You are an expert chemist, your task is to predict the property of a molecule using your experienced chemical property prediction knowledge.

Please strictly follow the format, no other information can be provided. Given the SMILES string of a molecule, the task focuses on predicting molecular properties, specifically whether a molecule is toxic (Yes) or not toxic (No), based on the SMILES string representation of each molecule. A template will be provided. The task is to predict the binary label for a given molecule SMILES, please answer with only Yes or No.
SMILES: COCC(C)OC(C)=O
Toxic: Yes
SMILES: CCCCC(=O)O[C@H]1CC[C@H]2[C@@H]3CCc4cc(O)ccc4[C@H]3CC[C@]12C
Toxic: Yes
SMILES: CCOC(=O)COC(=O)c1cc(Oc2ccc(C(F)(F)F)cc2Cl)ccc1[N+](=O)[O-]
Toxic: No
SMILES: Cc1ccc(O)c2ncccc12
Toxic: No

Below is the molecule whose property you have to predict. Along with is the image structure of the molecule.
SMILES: CC1CC(CC2CCC(N)C(C)C2)CCC1N
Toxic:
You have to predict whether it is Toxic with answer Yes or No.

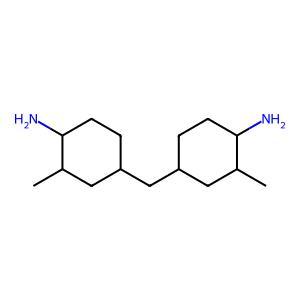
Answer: No